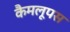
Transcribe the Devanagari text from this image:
कैमलूपस